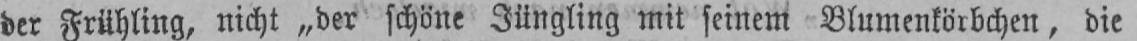
der Frühling, nicht „der schöne Jüngling mit seinem Blumenkörbchen, die